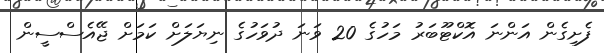
ފެށިގެން އަންނަ އޮކްޓޫބަރު މަހުގެ 20 ވަނަ ދުވަހުގެ ނިޔަލަށް ކަމަށް ޖޭއެސްސީން